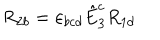
R _ { 2 b } = \varepsilon _ { b c d } \hat { E } _ { 3 } ^ { c } R _ { 1 d }